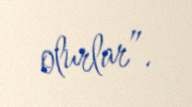
olurlar”.